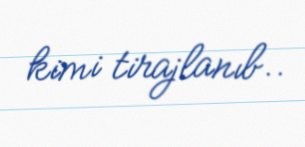
kimi tirajlanıb..